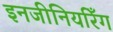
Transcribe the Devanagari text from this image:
इनजीनियरिँग